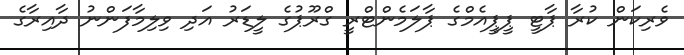
ވެރިކަން ކުރާ ޕާޓީ ޕީޕީއެމްގެ ޕާލަމެންޓްރީ ގްރޫޕުގެ ލީޑަރު އަދި ވިލިމާފަންނު ދާއިރާގެ